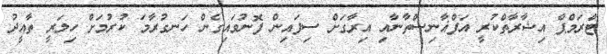
ޓްރަމްޕް އިޝާރާތްކުރީ އަފްޣާނިސްތާނާއި އިރާގަށް ސިފައިން ފޮނުވައިގެން ހަނގުރާމަ ކުރުމަށް ހިލަރީ ތާއީދު